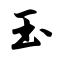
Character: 玉